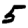
Digit: 5